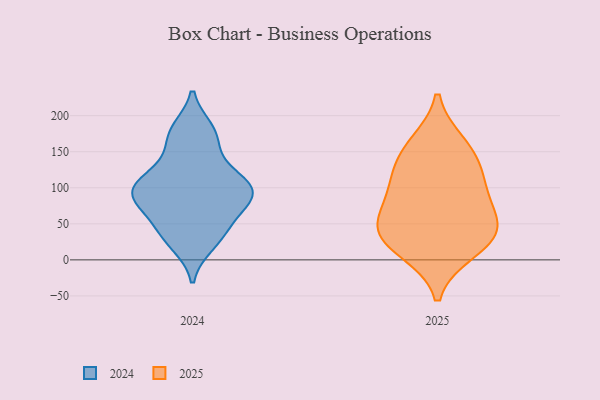
{"axis": {"x": "Market Share (%)", "y": "Value"}, "legend": ["2024", "2025"], "data": [{"x": "", "y": 36, "type": "2024"}, {"x": "", "y": 103, "type": "2024"}, {"x": "", "y": 84, "type": "2024"}, {"x": "", "y": 48, "type": "2024"}, {"x": "", "y": 72, "type": "2024"}, {"x": "", "y": 174, "type": "2024"}, {"x": "", "y": 21, "type": "2024"}, {"x": "", "y": 145, "type": "2024"}, {"x": "", "y": 84, "type": "2024"}, {"x": "", "y": 114, "type": "2024"}, {"x": "", "y": 103, "type": "2024"}, {"x": "", "y": 100, "type": "2024"}, {"x": "", "y": 181, "type": "2024"}, {"x": "", "y": 41, "type": "2025"}, {"x": "", "y": 48, "type": "2025"}, {"x": "", "y": 48, "type": "2025"}, {"x": "", "y": 13, "type": "2025"}, {"x": "", "y": 25, "type": "2025"}, {"x": "", "y": 100, "type": "2025"}, {"x": "", "y": 87, "type": "2025"}, {"x": "", "y": 160, "type": "2025"}, {"x": "", "y": 120, "type": "2025"}, {"x": "", "y": 148, "type": "2025"}]}